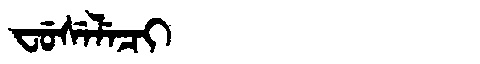
Manchu: ᠸᡠᠰᡝᠯᡝᠴᡳ
Romanization: FUSELECI